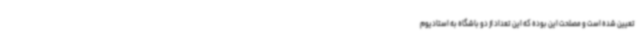
تعیین شده است و مصلحت این بوده که این تعداد از دو باشگاه به استادیوم